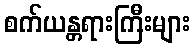
စက်ယန္တရားကြီးများ